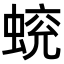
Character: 𧍄